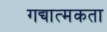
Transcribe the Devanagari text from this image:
गद्यात्मकता